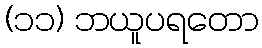
(၁၁) ဘယူပရတော